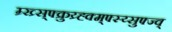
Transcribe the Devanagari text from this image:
म्र्ख्र्स्फ्क्रुय्र्ह्क्म्फ्स्य्सुफ्ज्व्